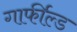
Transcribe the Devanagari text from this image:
गार्फील्ड